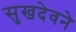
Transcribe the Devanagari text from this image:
सुखदेवने